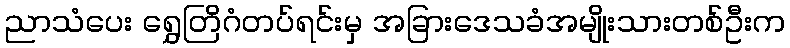
ညာသံပေး ရွှေတြိဂံတပ်ရင်းမှ အခြားဒေသခံအမျိုးသားတစ်ဦးက